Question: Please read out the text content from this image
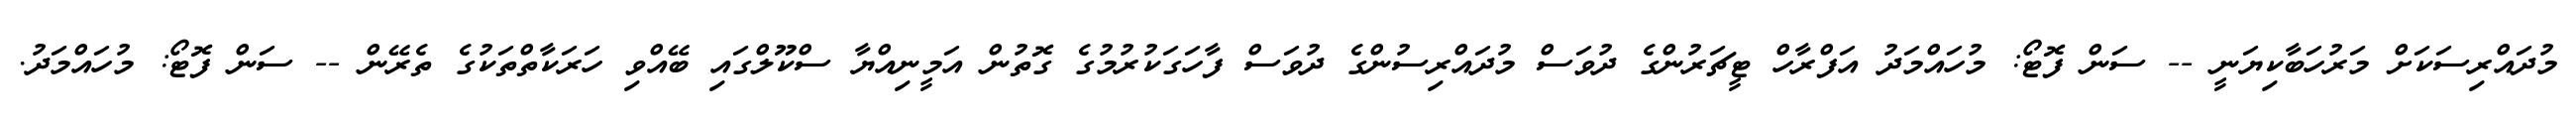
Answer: މުދައްރިސަކަށް މަރުހަބާކިޔަނީ -- ސަން ފޮޓޯ: މުހައްމަދު އަފްރާހް ޓީޗަރުންގެ ދުވަސް މުދައްރިސުންގެ ދުވަސް ފާހަގަކުރުމުގެ ގޮތުން އަމީނިއްޔާ ސްކޫލްގައި ބޭއްވި ހަރަކާތްތަކުގެ ތެރޭން -- ސަން ފޮޓޯ: މުހައްމަދު.